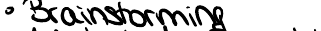
Brainstorming